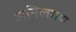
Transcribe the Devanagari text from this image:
अनिलगण